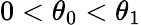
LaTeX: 0<\theta_{0}<\theta_{1}